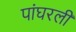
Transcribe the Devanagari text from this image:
पांघरली